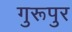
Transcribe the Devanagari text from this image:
गुरूपुर